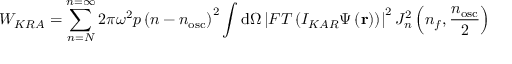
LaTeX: W _ { K R A } = \sum _ { n = N } ^ { n = \infty } 2 \pi \omega ^ { 2 } p \left( n - n _ { \mathrm { o s c } } \right) ^ { 2 } \int \mathrm { d } \Omega \left| F T \left( I _ { K A R } \Psi \left( \mathbf { r } \right) \right) \right| ^ { 2 } J _ { n } ^ { 2 } \left( n _ { f } , { \frac { n _ { \mathrm { o s c } } } { 2 } } \right)